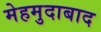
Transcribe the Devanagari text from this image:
मेहमुदाबाद